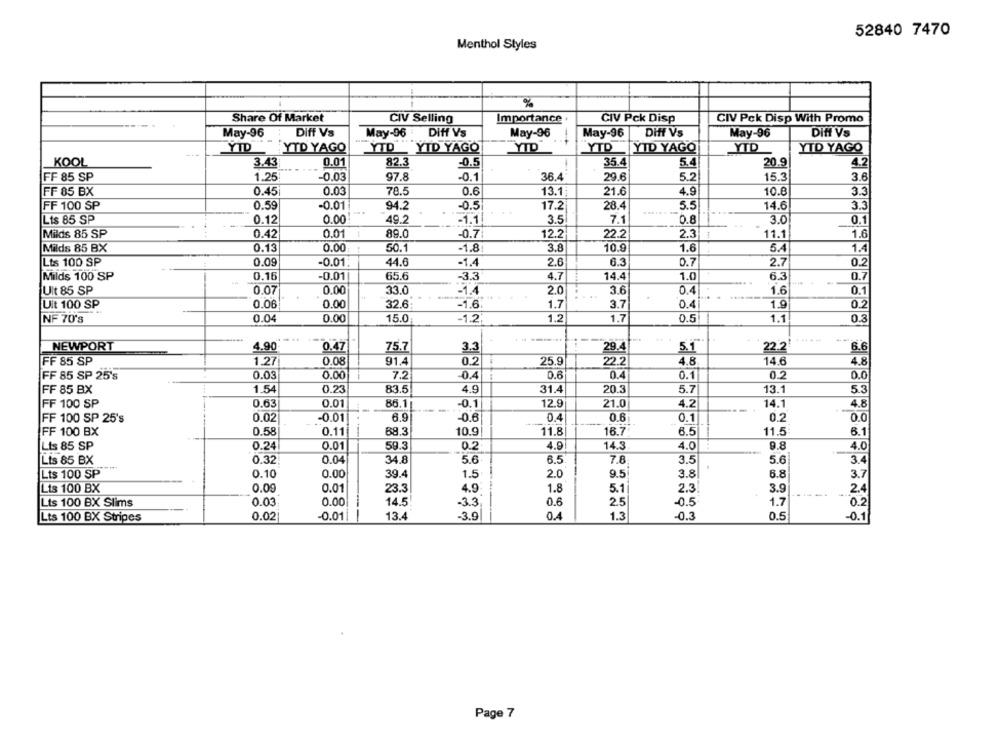
52840 7470
Menthol Styles
%
Share Of Market
Importance
CIV Pck Disp
CIV Pck Disp With Promo
CIV Selling
May-96
Diff Vs
May-96
Diff Vs
May-96
May-96
Diff Vs
May-96
Dift Vs
YTD
YTD YAGO
YTD _ YTD YAGO
YTD
YTD
YID YAGO
YTD
YTD YAGO
KOOL
3.43
0.01
82.3
-0.5
35.4
20.9
4.2
5.4
FF 85 SP
1.25
-0.03
97.8
-0.1
36.4
29.6
5.2
15.3
3.6
FF 85 BX
0.45
0.03
78.5
0.6
13.1
21.6
4.9
10.8
3.3
FF 100 SP
0.59
-0.01
94.2
-0.5
17.2
28.4
5.5
14.6
3.3
Lis 85 SP
0.12
0.00
49.2
-1.1!
3.5
7.1
0.8
3.0
0.1
Milds 85 SP
0.42
0.01
89.0
-0.7
12.2
22.2
2.3
11.1
1.6
Milds 85 BX
0.13
0.00
50.1
-1.8
3.8
10.9
1.6
5.4
1.4
Lts 100 SP
0.09
-0.01.
44.6
-1.4
2.6
6.3
0.7
2.7
0.2
1.0
Milds 100 SP
0.16
-0.01
65.6
-3.3
4.7
14.4
6.3
0.7
0.07
0.00
33.0
-1.4
3.6
1.6
Ult 85 SP
2.0
0.4
0.1
Uit 100 SP
0.06
0.00
32.6
-1.6
3.7
0.4
1.9
0.2
1.7
NF 70's
0.04
0.00
15.0
-1.2
1.2
1.7
0.5
1.1
0.3
NEWPORT
4.90
0.47
75.7
3.3
29.4
5.1
22.2
6.6
FF 85 SP
1.27
0.08
91.4
0.2
25.9
22.2
4.8
14.6
4.8
FF 85 SP 25's
0.03
0.00
7.2
-0.4
0.6
0.4
0.1
0.2
0.0
FF 85 BX
1.54
0.23
83.5
4.9
31.4
20.3
5.7
13.1
5.3
FF 100 SP
0.63
0.01
86.1
-0.1
12.9
21.0
4.2
14.1
4.8
FF 100 SP 25's
0.02
-0.01
6.9
-0.6
0.4
0.6
0.1
0.2
0.0
0.58
10.9
11.8
11.5:
6.1
FF 100 BX
0.11
68.3
16.7
6.5
0.24
0.01
59.3
0.2
4.9
14.3
4.0
9.8
4.0
Lis 85 SP
Lis 85 BX
0.32
0.04
34.8
5.6
6.5
7.8
3.5
5.6
3.4
Lts 100 SP
0.10
0.00
39.4
1.5
2.0
9.5
3.8
6.8
3.7
Lts 100 BX
0.00
0.01
23.3
4.9
1.8
5.1
2.3
3.9
2.4
------
Lts 100 BX Slims
0.03
0.00
14.5
-3.3
0.6
2.5
-0.5
1.7
0.2
Lts 100 BX Stripes
0.02
-0.011
13.4
-3.9
0.4
1.3
-0.3
0.5
-0.1
Page 7